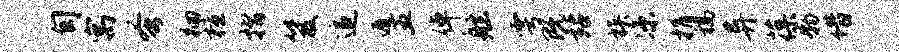
旬寓蚤徊檀摺笈追遁五倬舷雩既站族凉捐稿异葆物借